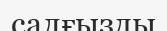
салғызды